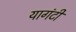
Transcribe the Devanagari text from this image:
यागंटी